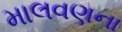
માલવણના